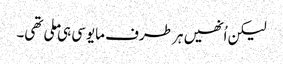
لیکن اُنھیں ہر طرف مایوسی ہی ملی تھی۔